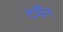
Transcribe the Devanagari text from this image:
टर्मैन